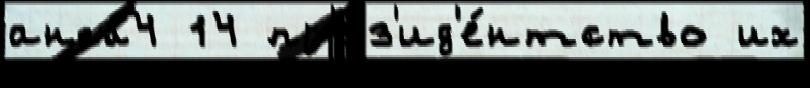
англ4 14 пр'ез'ид'е́нтство их